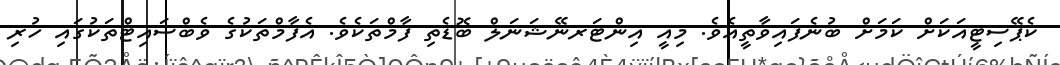
ކެޕޭސިޓީއަކަށް ކަމަށް ބުނެފައިވާތީއެވެ. މިއީ އިންޓަރނޭޝަނަލް ބޮޑެތި ފާމްތަކެވެ. އެފާމްތަކުގެ ވެބްސައިޓްތަކުގައި ހުރި